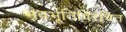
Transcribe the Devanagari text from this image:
भवभूतिविरचित